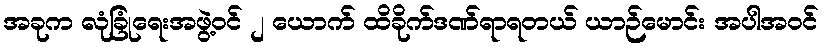
အခုက လုံခြုံရေးအဖွဲ့ဝင် ၂ ယောက် ထိခိုက်ဒဏ်ရာရတယ် ယာဉ်မောင်း အပါအဝင်